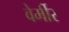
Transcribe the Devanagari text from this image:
वेर्मीर